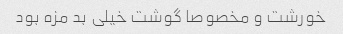
خورشت و مخصوصا گوشت خیلی بد مزه بود